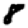
Digit: 8